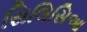
સિલિસિઆ